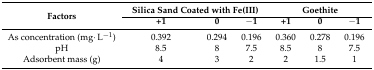
<table><thead><tr><td rowspan="2"><b>Factors</b></td><td colspan="3"><b>Silica Sand Coated with Fe(III)</b></td><td colspan="3"><b>Goethite</b></td></tr><tr><td><b>+1</b></td><td><b>0</b></td><td><b>−1</b></td><td><b>+1</b></td><td><b>0</b></td><td><b>−1</b></td></tr></thead><tbody><tr><td>As concentration (mg·L<sup>−1</sup>)</td><td>0.392</td><td>0.294</td><td>0.196</td><td>0.360</td><td>0.278</td><td>0.196</td></tr><tr><td>pH</td><td>8.5</td><td>8</td><td>7.5</td><td>8.5</td><td>8</td><td>7.5</td></tr><tr><td>Adsorbent mass (g)</td><td>4</td><td>3</td><td>2</td><td>2</td><td>1.5</td><td>1</td></tr></tbody></table>